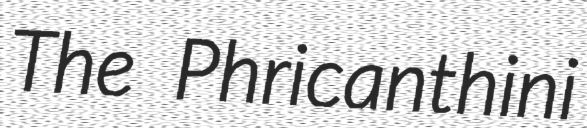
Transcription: The Phricanthini